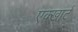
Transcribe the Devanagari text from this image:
एक्खार्ट